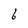
Character: 6